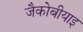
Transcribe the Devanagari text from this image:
जैकोबीयाइ